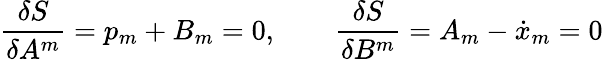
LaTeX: \frac{\delta S}{\delta A^{m}}=p_{m}+B_{m}=0,\qquad\frac{\delta S}{\delta B^{m}}=A_{m}-\dot{x}_{m}=0